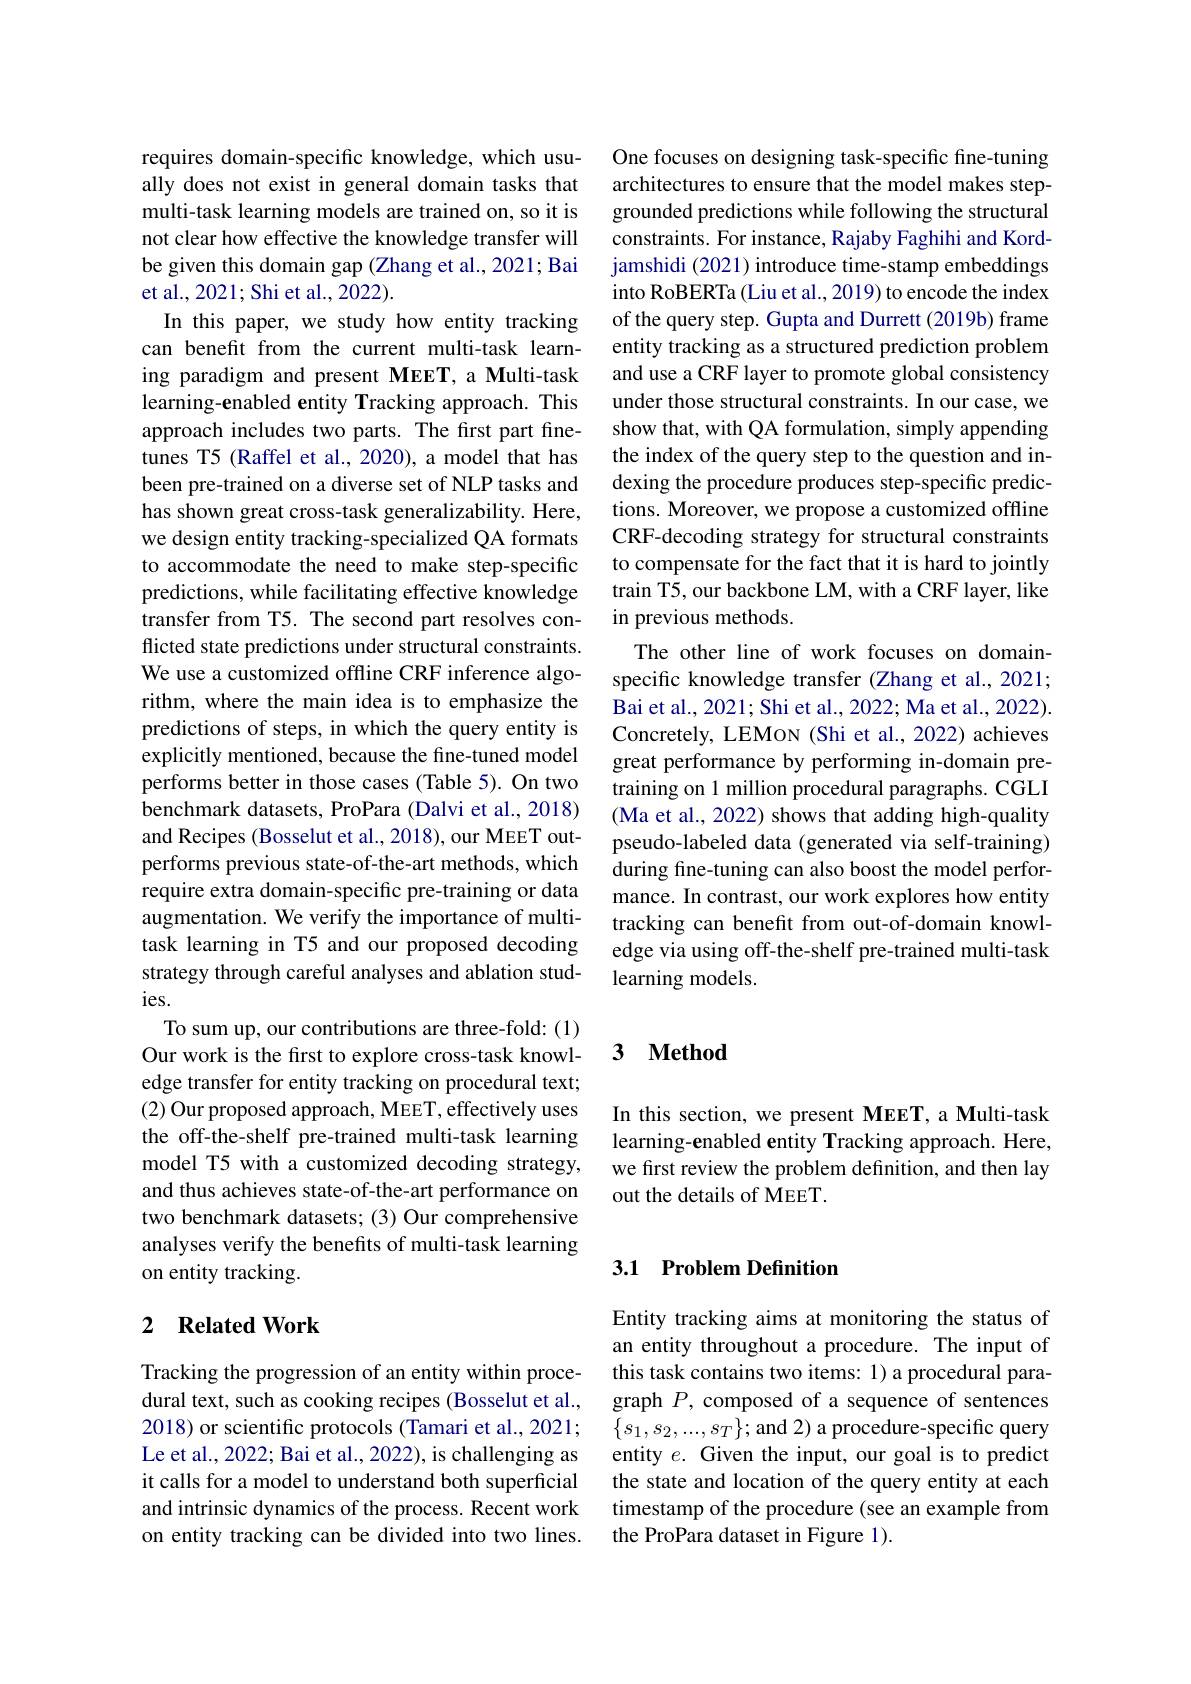
requires domain-specific knowledge, which usually does not exist in general domain tasks that multi-task learning models are trained on, so it is not clear how effective the knowledge transfer will be given this domain gap (Zhang et al., 2021; Bai et al., 2021; Shi et al., 2022).
In this paper, we study how entity tracking can benefit from the current multi-task learning paradigm and present MEET, a Multi-task learning-enabled entity Tracking approach. This approach includes two parts. The first part finetunes T5 (Raffel et al., 2020), a model that has been pre-trained on a diverse set of NLP tasks and has shown great cross-task generalizability. Here, we design entity tracking-specialized QA formats to accommodate the need to make step-specific predictions, while facilitating effective knowledge transfer from T5. The second part resolves conflicted state predictions under structural constraints. We use a customized offline CRF inference algorithm, where the main idea is to emphasize the predictions of steps, in which the query entity is explicitly mentioned, because the fine-tuned model performs better in those cases (Table 5). On two benchmark datasets, ProPara (Dalvi et al., 2018) and Recipes (Bosselut et al., 2018), our MEET outperforms previous state-of-the-art methods, which require extra domain-specific pre-training or data augmentation. We verify the importance of multitask learning in T5 and our proposed decoding strategy through careful analyses and ablation studies.
To sum up, our contributions are three-fold: (1) Our work is the first to explore cross-task knowledge transfer for entity tracking on procedural text; (2) Our proposed approach, MEET, effectively uses the off-the-shelf pre-trained multi-task learning model T5 with a customized decoding strategy, and thus achieves state-of-the-art performance on two benchmark datasets; (3) Our comprehensive analyses verify the benefits of multi-task learning on entity tracking.

## 2 $\textbf{Related Work}$

Tracking the progression of an entity within procedural text, such as cooking recipes (Bosselut et al., 2018) or scientific protocols (Tamari et al., 2021; Le et al., 2022; Bai et al., 2022), is challenging as it calls for a model to understand both superficial and intrinsic dynamics of the process. Recent work on entity tracking can be divided into two lines.

One focuses on designing task-specific fine-tuning architectures to ensure that the model makes stepgrounded predictions while following the structural constraints. For instance, Rajaby Faghihi and Kordjamshidi (2021) introduce time-stamp embeddings into RoBERTa (Liu et al., 2019) to encode the index of the query step. Gupta and Durrett (2019b) frame entity tracking as a structured prediction problem and use a CRF layer to promote global consistency under those structural constraints. In our case, we show that, with QA formulation, simply appending the index of the query step to the question and indexing the procedure produces step-specific predictions. Moreover, we propose a customized offline CRF-decoding strategy for structural constraints to compensate for the fact that it is hard to jointly train T5, our backbone LM, with a CRF layer, like in previous methods.
The other line of work focuses on domainspecific knowledge transfer (Zhang et al., 2021; Bai et al., 2021; Shi et al., 2022; Ma et al., 2022). Concretely, LEMoN (Shi et al., 2022) achieves great performance by performing in-domain pretraining on 1 million procedural paragraphs. CGLI (Ma et al., 2022) shows that adding high-quality pseudo-labeled data (generated via self-training) during fine-tuning can also boost the model performance. In contrast, our work explores how entity tracking can benefit from out-of-domain knowledge via using off-the-shelf pre-trained multi-task learning models.

## 3 $\textbf{Method}$

In this section, we present MEET, a Multi-task learning-enabled entity Tracking approach. Here, we first review the problem definition, and then lay out the details of MEET.

## 3.1 Problem Definition

Entity tracking aims at monitoring the status of an entity throughout a procedure. The input of this task contains two items: 1) a procedural paragraph $P$, composed of a sequence of sentences $\{s_{1},s_{2},...,s_{T}\};$and 2) a procedure-specific query entity $e.$ Given the input, our goal is to predict the state and location of the query entity at each timestamp of the procedure (see an example from the ProPara dataset in Figure 1)